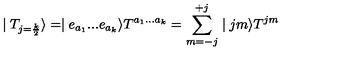
\mid T _ { j = \frac { k } { 2 } } \rangle = \mid e _ { a _ { 1 } } . . . e _ { a _ { k } } \rangle T ^ { a _ { 1 } . . . a _ { k } } = \sum _ { m = - j } ^ { + j } \mid j m \rangle T ^ { j m }